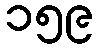
၁၅၉